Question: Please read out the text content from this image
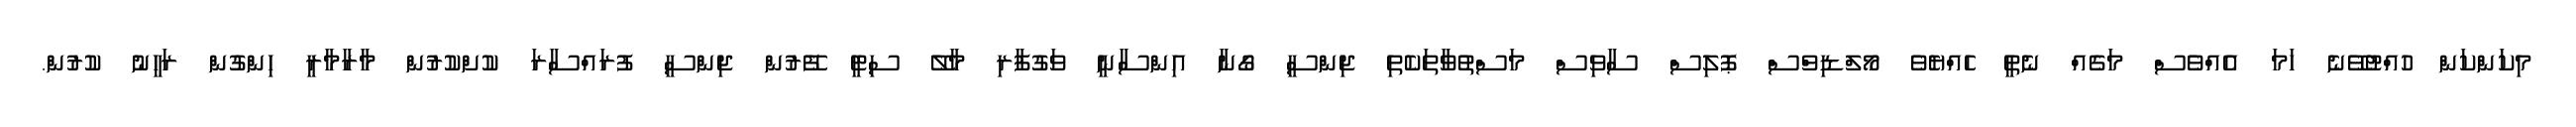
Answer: މިކަންކަން ހުއްޓުވޭނެ ހަމަ އެއްވެސް މަގެއް ނެތީ ހެއްޔެވެ މޯލްޑިވްސް ޕޮލިސް ސާވިސް މަސްތުވާތަކެތި ޖިންސީ ގޯނާ އިންސާނީ ވަގުފާރި މާލޭ ސިޓީ ފޭރުން ޖިންސީ ފުރައްސާރަ ކުށްކުރުން މާރާމާރީ ހިންގުން ރަހީނު ކުރުން.